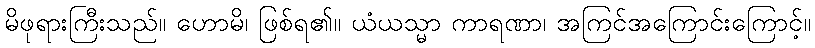
မိဖုရားကြီးသည်။ ဟောမိ၊ ဖြစ်ရ၏။ ယံယသ္မာ ကာရဏာ၊ အကြင်အကြောင်းကြောင့်။